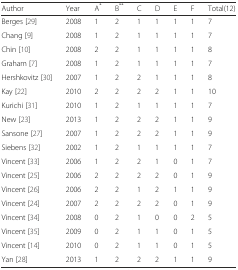
<table><thead><tr><td><b>Author</b></td><td><b>Year</b></td><td><b>A<sup>*</sup></b></td><td><b>B<sup>**</sup></b></td><td><b>C</b></td><td><b>D</b></td><td><b>E</b></td><td><b>F</b></td><td><b>Total(12)</b></td></tr></thead><tbody><tr><td>Berges [29]</td><td>2008</td><td>1</td><td>2</td><td>1</td><td>1</td><td>1</td><td>1</td><td>7</td></tr><tr><td>Chang [9]</td><td>2008</td><td>1</td><td>2</td><td>1</td><td>1</td><td>1</td><td>1</td><td>7</td></tr><tr><td>Chin [10]</td><td>2008</td><td>2</td><td>2</td><td>1</td><td>1</td><td>1</td><td>1</td><td>8</td></tr><tr><td>Graham [7]</td><td>2008</td><td>1</td><td>2</td><td>1</td><td>1</td><td>1</td><td>1</td><td>7</td></tr><tr><td>Hershkovitz [30]</td><td>2007</td><td>1</td><td>2</td><td>2</td><td>1</td><td>1</td><td>1</td><td>8</td></tr><tr><td>Kay [22]</td><td>2010</td><td>2</td><td>2</td><td>2</td><td>2</td><td>1</td><td>1</td><td>10</td></tr><tr><td>Kurichi [31]</td><td>2010</td><td>1</td><td>2</td><td>1</td><td>1</td><td>1</td><td>1</td><td>7</td></tr><tr><td>New [23]</td><td>2013</td><td>1</td><td>2</td><td>2</td><td>2</td><td>1</td><td>1</td><td>9</td></tr><tr><td>Sansone [27]</td><td>2007</td><td>1</td><td>2</td><td>2</td><td>2</td><td>1</td><td>1</td><td>9</td></tr><tr><td>Siebens [32]</td><td>2002</td><td>1</td><td>2</td><td>1</td><td>1</td><td>1</td><td>1</td><td>7</td></tr><tr><td>Vincent [33]</td><td>2006</td><td>1</td><td>2</td><td>2</td><td>1</td><td>0</td><td>1</td><td>7</td></tr><tr><td>Vincent [25]</td><td>2006</td><td>2</td><td>2</td><td>2</td><td>2</td><td>0</td><td>1</td><td>9</td></tr><tr><td>Vincent [26]</td><td>2006</td><td>2</td><td>2</td><td>1</td><td>2</td><td>1</td><td>1</td><td>9</td></tr><tr><td>Vincent [24]</td><td>2007</td><td>2</td><td>2</td><td>2</td><td>2</td><td>0</td><td>1</td><td>9</td></tr><tr><td>Vincent [34]</td><td>2008</td><td>0</td><td>2</td><td>1</td><td>0</td><td>0</td><td>2</td><td>5</td></tr><tr><td>Vincent [35]</td><td>2009</td><td>0</td><td>2</td><td>1</td><td>1</td><td>0</td><td>1</td><td>5</td></tr><tr><td>Vincent [14]</td><td>2010</td><td>0</td><td>2</td><td>1</td><td>1</td><td>0</td><td>1</td><td>5</td></tr><tr><td>Yan [28]</td><td>2013</td><td>1</td><td>2</td><td>2</td><td>2</td><td>1</td><td>1</td><td>9</td></tr></tbody></table>